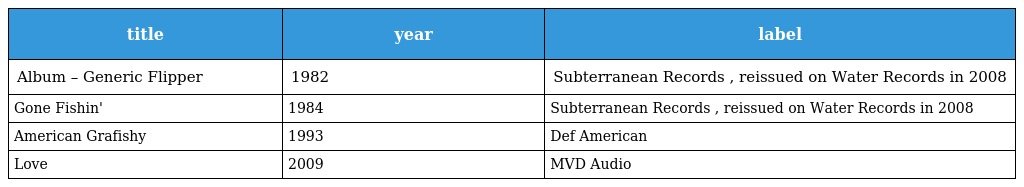
| title | year | label |
 | --- | --- | --- |
 | Album – Generic Flipper | 1982 | Subterranean Records , reissued on Water Records in 2008 |
 | Gone Fishin' | 1984 | Subterranean Records , reissued on Water Records in 2008 |
 | American Grafishy | 1993 | Def American |
 | Love | 2009 | MVD Audio |